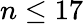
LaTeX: n\leq 17